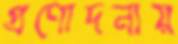
প্রণোদনায়